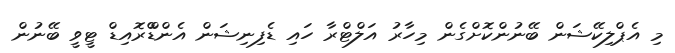
މި އެޕްލިކޭޝަން ބޭނުންކޮށްގެން މިހާރު އަލްޓްރާ ހައި ޑެފިނިޝަން އެންޑްްރޮއިޑް ޓީވީ ބޭނުން